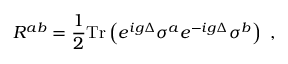
R ^ { a b } = \frac { 1 } { 2 } \mathrm { T r } \left( e ^ { i g \Delta } \sigma ^ { a } e ^ { - i g \Delta } \sigma ^ { b } \right) \ ,